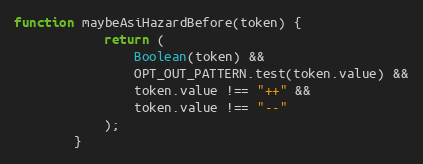
Language: JavaScript
function maybeAsiHazardBefore(token) {
            return (
                Boolean(token) &&
                OPT_OUT_PATTERN.test(token.value) &&
                token.value !== "++" &&
                token.value !== "--"
            );
        }